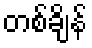
တစ်ချိန်